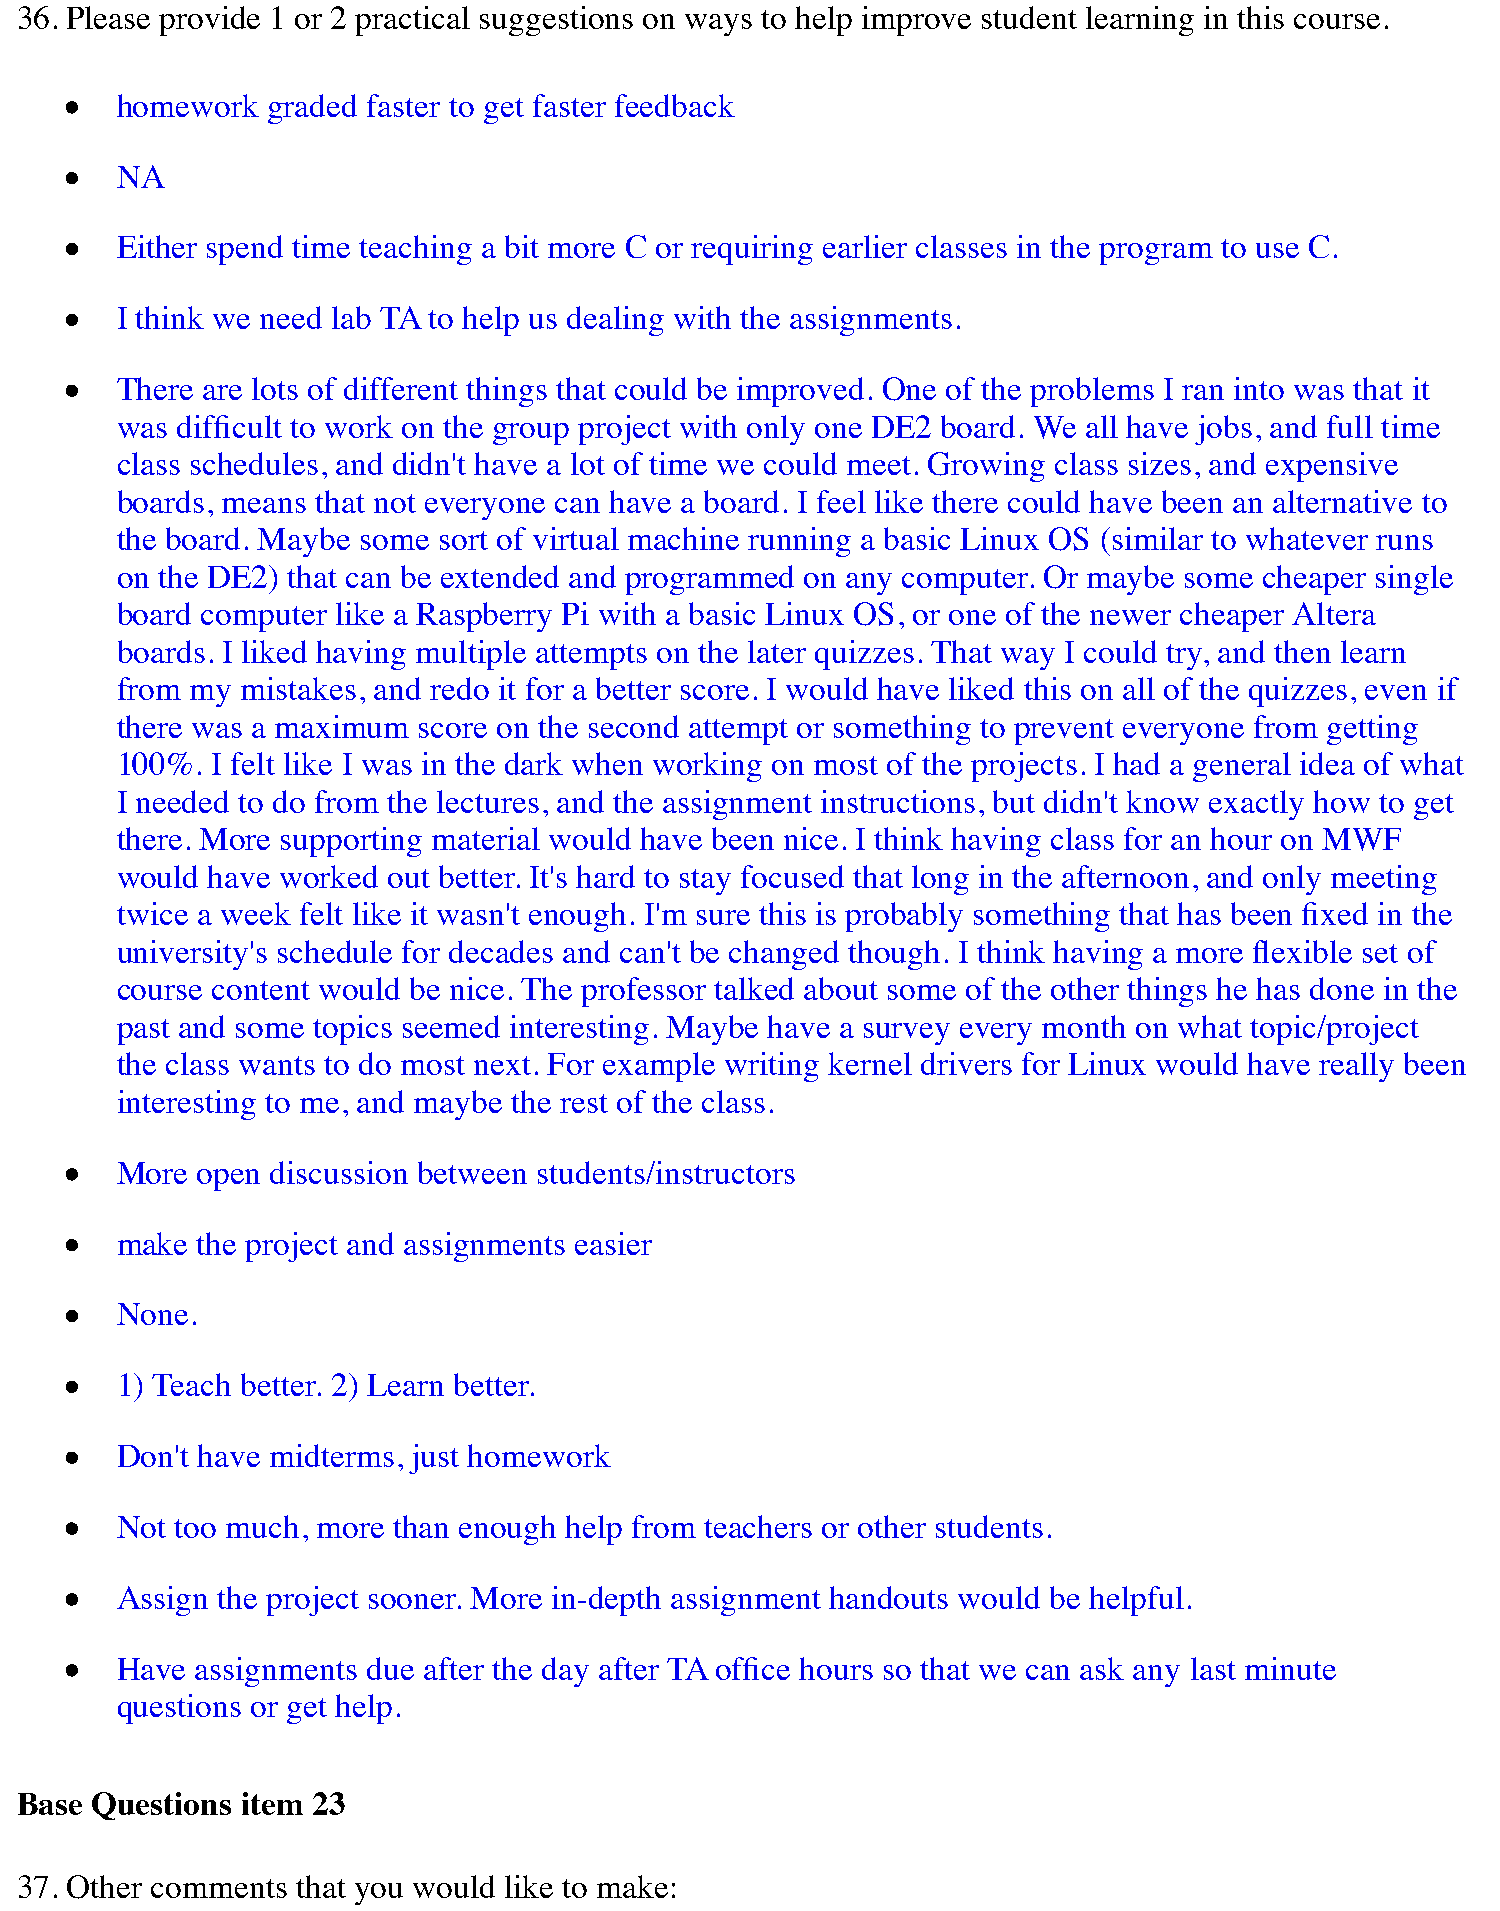
36. Please provide 1 or 2 practical suggestions on ways to help improve student learning in this course.
 homework  graded faster to get faster feedback
 NA
 Either spend time teaching a bit more C or requiring earlier classes in the program to use C.
 I think we need lab TA to help us dealing with the assignments.
 There are lots of different things that could be improved. One of the problems I ran into was that it
 was difficult to work on the group project with only one DE2 board. We all have jobs, and full time
 class schedules, and didn't have a lot of time we could meet. Growing class sizes, and expensive
 boards, means that not everyone can have a board. I feel like there could have been an alternative to
 the board. Maybe some sort of virtual machine running a basic Linux OS (similar to whatever runs
 on the DE2) that can be extended and programmed on any computer. Or maybe some cheaper single
 board computer like a Raspberry Pi with a basic Linux OS, or one of the newer cheaper Altera
 boards. I liked having multiple attempts on the later quizzes. That way I could try, and then learn
 from my mistakes, and redo it for a better score. I would have liked this on all of the quizzes, even if
 there was a maximum score on the second attempt or something to prevent everyone from getting
 100%. I felt like I was in the dark when working on most of the projects. I had a general idea of what
 I needed to do from the lectures, and the assignment instructions, but didn't know exactly how to get
 there. More supporting material would have been nice. I think having class for an hour on MWF
 would have worked out better. It's hard to stay focused that long in the afternoon, and only meeting
 twice a week felt like it wasn't enough. I'm sure this is probably something that has been fixed in the
 university's schedule for decades and can't be changed though. I think having a more flexible set of
 course content would be nice. The professor talked about some of the other things he has done in the
 past and some topics seemed interesting. Maybe have a survey every month on what topic/project
 the class wants to do most next. For example writing kernel drivers for Linux would have really been
 interesting to me, and maybe the rest of the class.
 More open discussion between students/instructors
 make the project and assignments easier
 None.
 1) Teach better. 2) Learn better.
 Don't have midterms, just homework
 Not too much, more than enough help from teachers or other students.
 Assign the project sooner. More in-depth assignment handouts would be helpful.
 Have assignments due after the day after TA office hours so that we can ask any last minute
 questions or get help.
 Base Questions item 23
 37. Other comments that you would like to make: